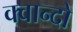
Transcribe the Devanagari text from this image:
क्वान्दो